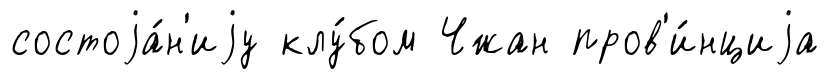
состоjа́н'иjу клу́бом Чжан пров'и́нциjа